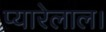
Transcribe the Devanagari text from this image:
प्यारेलाल।